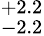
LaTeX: ^{+2.2}_{-2.2}